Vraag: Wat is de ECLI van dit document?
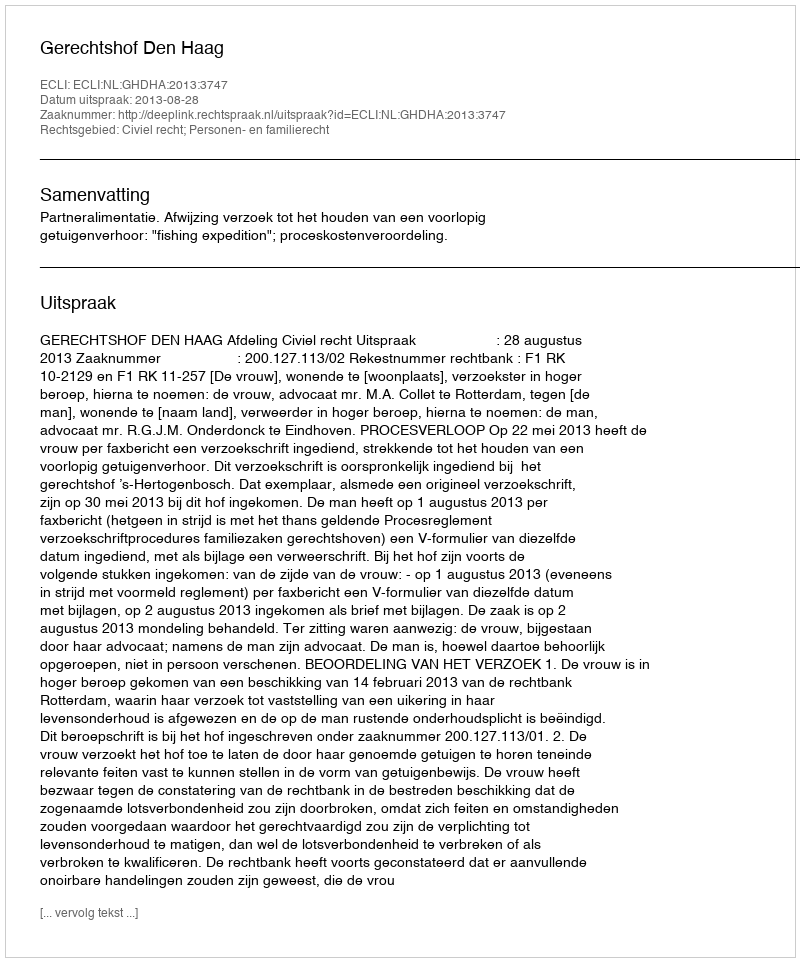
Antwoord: ECLI:NL:GHDHA:2013:3747